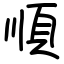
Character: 順